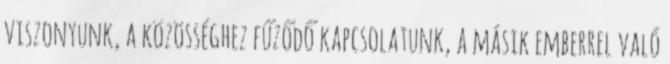
viszonyunk, a közösséghez fűződő kapcsolatunk, a másik emberrel való